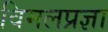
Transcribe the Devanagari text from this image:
विमलप्रज्ञा